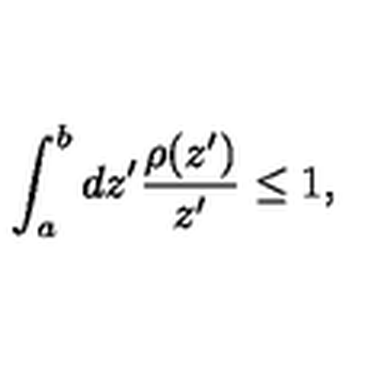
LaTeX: \int _ { a } ^ { b } d z ^ { \prime } { \frac { \rho ( z ^ { \prime } ) } { z ^ { \prime } } } \leq 1 ,